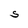
Character: S